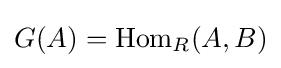
G(A)=\operatorname {Hom} _{R}(A,B)